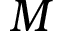
M